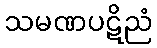
သမဏပဋိညံ